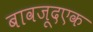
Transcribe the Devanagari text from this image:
बावजूदएक